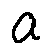
a